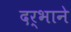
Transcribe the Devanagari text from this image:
दर्भाने